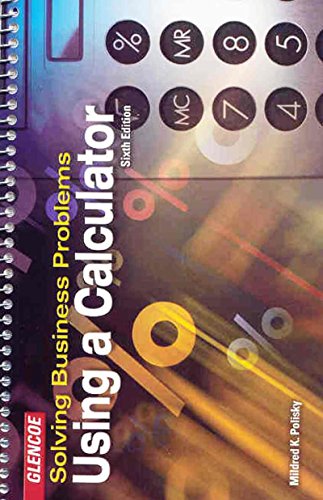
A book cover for Solving Business Problems Using A Calculator Student Text; Mildred Polisky; Business & Money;